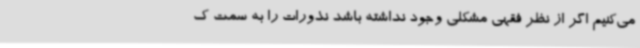
می‌کنیم اگر از نظر فقهی مشکلی وجود نداشته باشد نذورات را به سمت ک